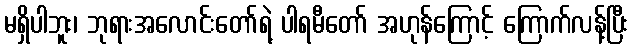
မရှိပါဘူး၊ ဘုရားအလောင်းတော်ရဲ့ ပါရမီတော် အဟုန်ကြောင့် ကြောက်လန့်ပြီး